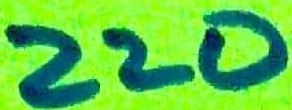
Text: 220